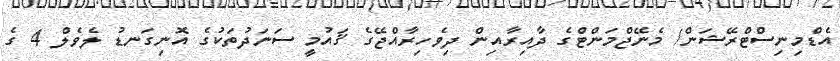
އެޑްމިނިސްޓްރޭޝަން/ މެނޭޖްމަންޓްގެ ދާއިރާއިން ދިވެހިރާއްޖޭގެ ޤައުމީ ސަނަދުތަކުގެ އޮނިގަނޑު ލެވެލް 4 ގެ